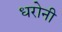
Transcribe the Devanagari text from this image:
धरोनी